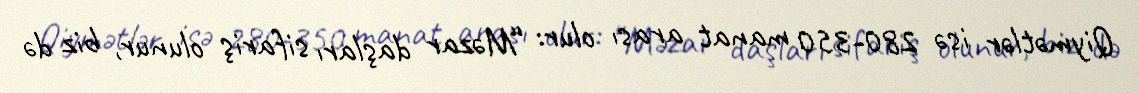
Qiymətlər isə 280-350 manat arası olur: “Məzar daşları sifariş olunur, biz də